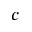
c